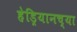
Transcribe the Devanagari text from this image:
हेड्रियानच्या